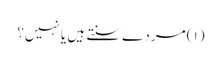
(۱) مردے سنتے ہیں یا نہیں؟